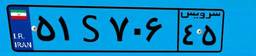
۵۱S۷۰۶۴۵